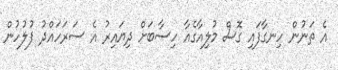
އެ ތަނުން ހިނގާފައި ގޮސް މުލިއާގެއާ ހިސާބަށް ދިޔައިރު އެ ސަރަހައްދު ފުލުހުން